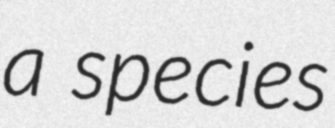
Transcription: a species